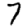
Digit: 7